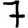
Digit: 7